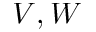
V , W